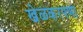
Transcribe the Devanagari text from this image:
खेळकरपणा